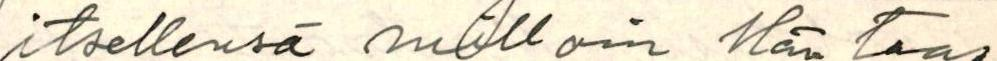
itsellensä milloin Hän taas